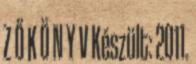
Z Ő K Ö N Y V Készült: 2011.